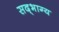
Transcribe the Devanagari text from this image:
सद्‌भाग्य